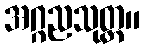
အဂ္ဂညသုတ္တ။